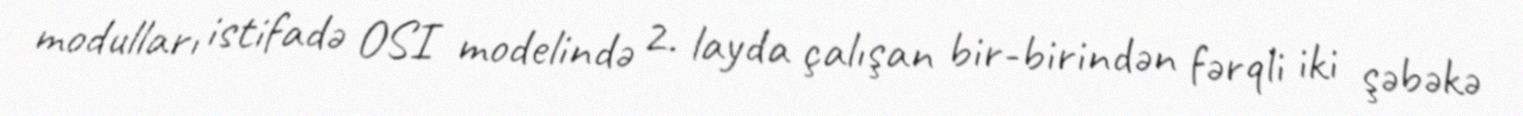
modulları istifadə OSI modelində 2. layda çalışan bir-birindən fərqli iki şəbəkə